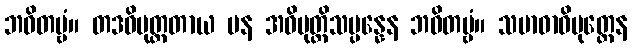
ဘဝိတဗ္ဗံ။ တဒဓိမုတ္တတာယ ပန အဓိမုတ္တိသမ္ပန္နေန ဘဝိတဗ္ဗံ။ သမာဓာဓိမုတ္တေန